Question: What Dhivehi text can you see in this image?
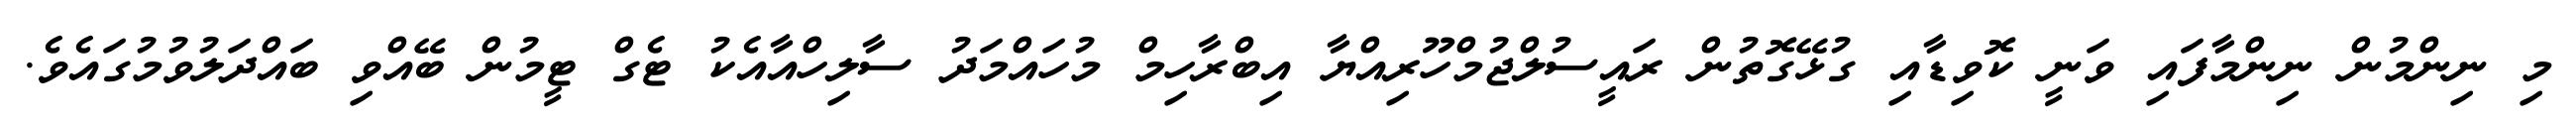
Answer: މި ނިންމުން ނިންމާފައި ވަނީ ކޮވިޑާއި ގުޅޭގޮތުން ރައީސުލްޖުމްހޫރިއްޔާ އިބްރާހިމް މުހައްމަދު ސާލިހްއާއެކު ޓެގް ޓީމުން ބޭއްވި ބައްދަލުވުމުގައެވެ.